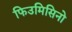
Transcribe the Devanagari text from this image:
फिउमिसिनो